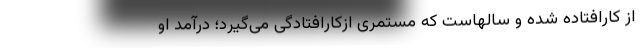
از کارافتاده شده و سالهاست که مستمری ازکارافتادگی می‌گیرد؛ درآمد او